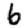
Digit: 6